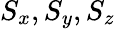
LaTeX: S_{x},S_{y},S_{z}